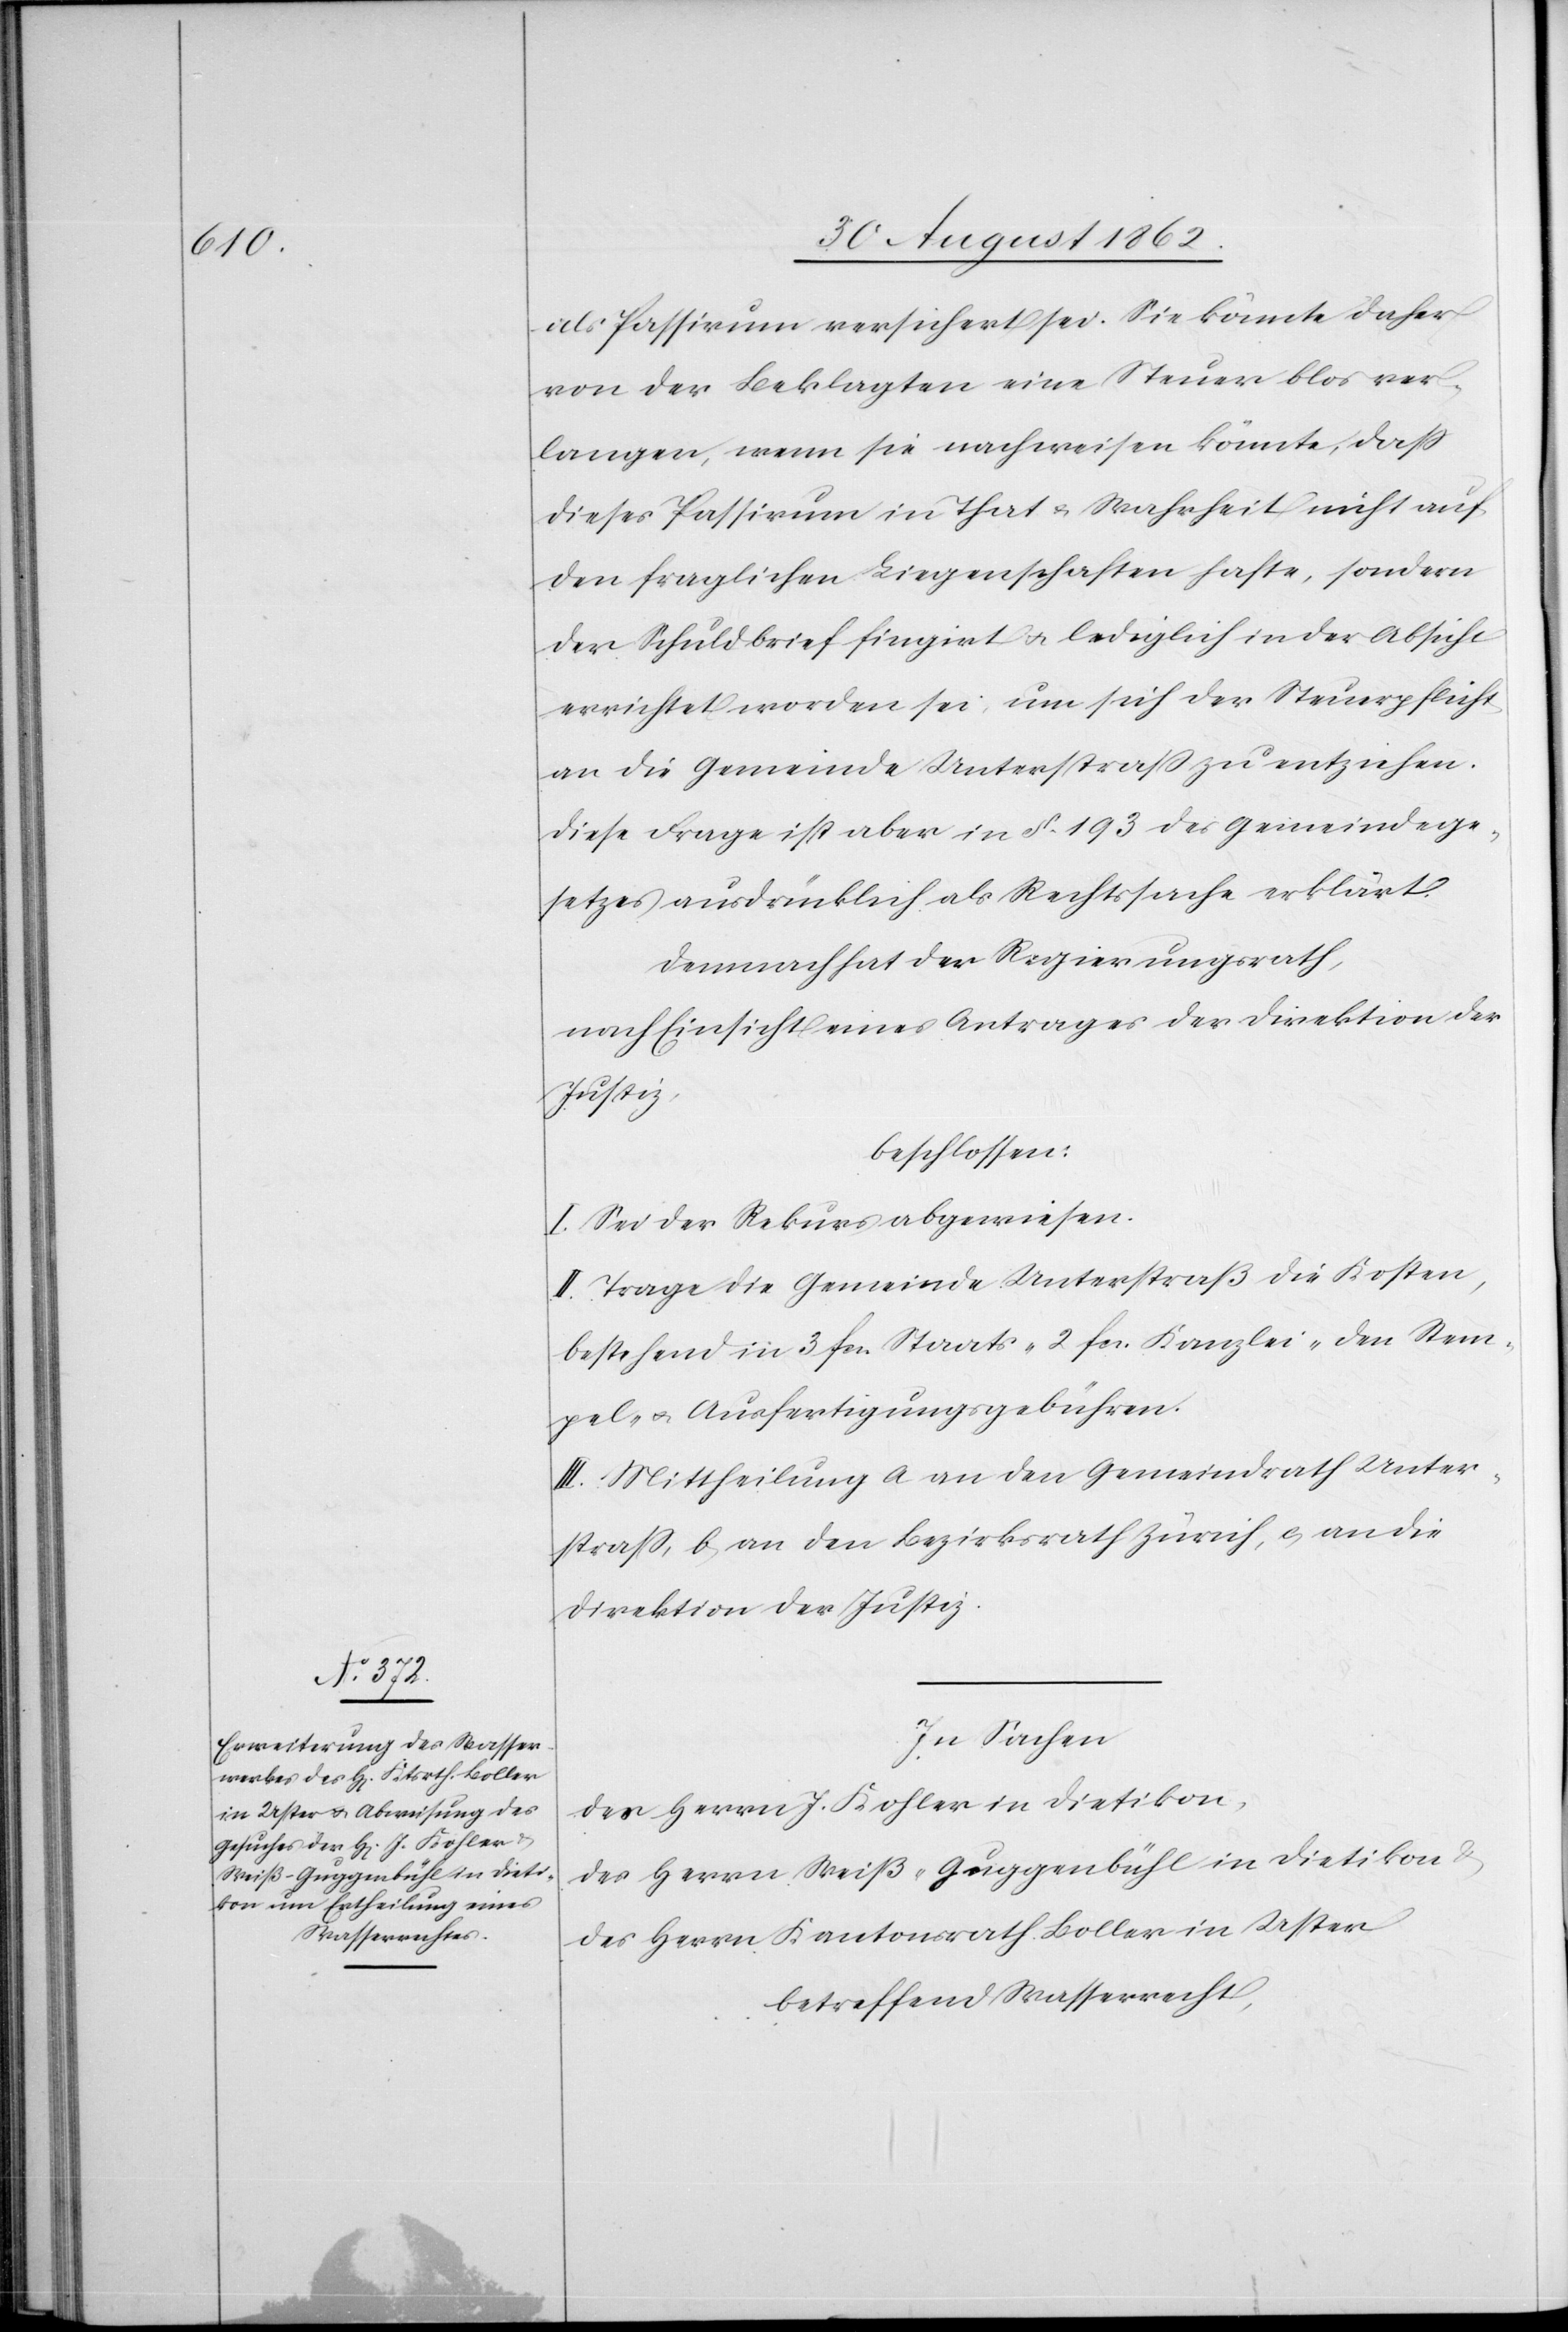
als Passivum versichert sei. Sie könnte daher
von der Beklagten eine Steuer blos ver¬
langen, wenn sie nachweisen könnte, daß
dieses Passivum in That u. Wahrheit nicht auf
den fraglichen Liegenschaften hafte, sondern
der Schuldbrief fingirt u. lediglich in der Absicht
errichtet worden sei, um sich der Steuerpflicht
an die Gemeinde Unterstraß zu entziehen.
Diese Frage ist aber in §. 193 des Gemeindege¬
setzes ausdrücklich als Rechtssache erklärt.
Demnach hat der Regierungsrath,
nach Einsicht eines Antrages der Direktion der
Justiz,
beschlossen:
I. Sei der Rekurs abgewiesen.
II. Trage die Gemeinde Unterstraß die Kosten,
bestehend in 3 fcs. Staats-[,] 2 fcs. Kanzlei-[,] den Stem¬
pel- u. Ausfertigungsgebühren.
III. Mittheilung a. an den Gemeindrath Unter¬
straß , b. an den Bezirksrath Zürich, c. an die
Direktion der Justiz.
In Sachen
des Herrn J. Kohler in Dietikon,
des Herrn Weiß-Guggenbühl in Dietikon u.
des Herrn Kantonsrath Boller in Uster
betreffend Wasserrecht,